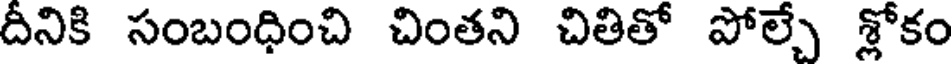
దీనికి సంబంధించి చింతని చితితో పోల్చే శ్లోకం